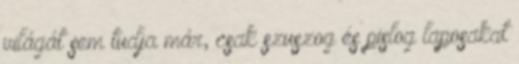
világát sem tudja már, csak szuszog és pislog laposakat